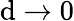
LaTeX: \mathrm{d}\to0